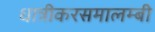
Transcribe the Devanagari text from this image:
धात्रीकरसमालम्बी